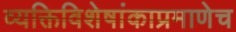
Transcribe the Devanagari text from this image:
व्यक्तिविशेषांकाप्रमाणेच